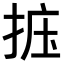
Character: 𪭽